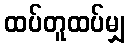
ထပ်တူထပ်မျှ